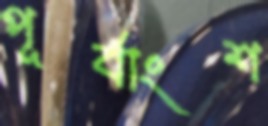
পূর্বাংশ